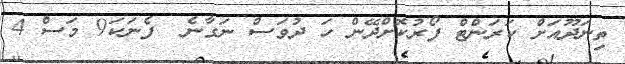
ތިނަދޫއަށް ކަރަންޓް ފޯރުކޮށްދޭން ހަ ދުވަސް ނަގާނެ  ފެނަކަ9 މަސް 4